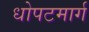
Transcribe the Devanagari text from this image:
धोपटमार्ग